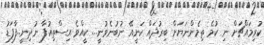
ކުރިމައްޗަށް ނި ކުމެ ތިމެންނަޔަށް ބިރުދައް ކަނީއޭ ނުބުނެވުނީ... ކީއްވެ އިސްތިއުފާ ނުދިނީ..ފާފަޑު